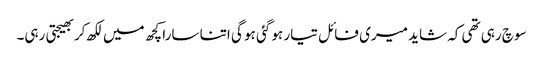
سوچ رہی تھی کہ شاید میری فائل تیار ہو گئی ہو گی اتنا سارا کچھ میں لکھ کربھیجتی رہی۔